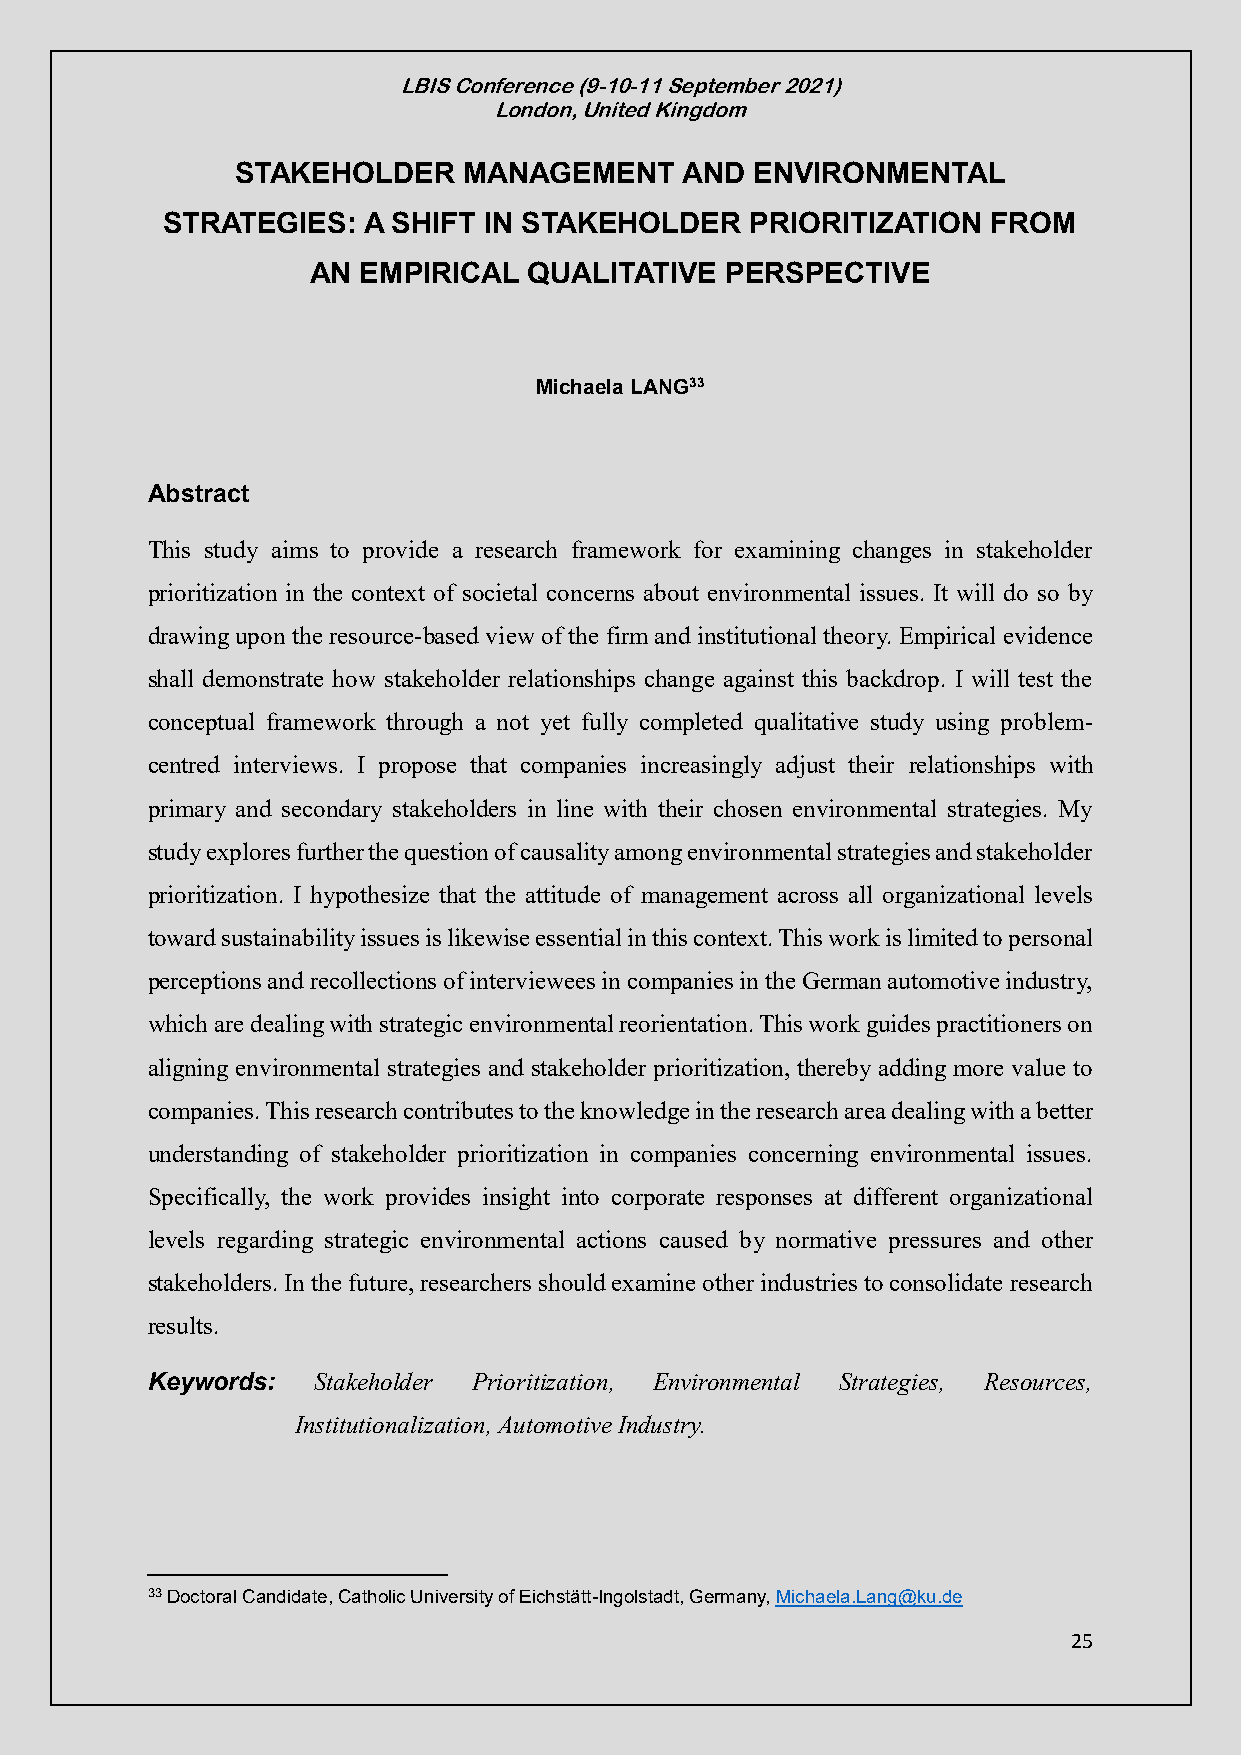
LBIS Conference (9-10-11 September 2021)
 London, United Kingdom
 STAKEHOLDER    MANAGEMENT    AND  ENVIRONMENTAL
 STRATEGIES:  A SHIFT IN STAKEHOLDER    PRIORITIZATION  FROM
 AN  EMPIRICAL  QUALITATIVE  PERSPECTIVE
 Michaela LANG33
 Abstract
 This study aims to provide a research framework for examining changes in stakeholder
 prioritization in the context of societal concerns about environmental issues. It will do so by
 drawing upon the resource-based view of the firm and institutional theory. Empirical evidence
 shall demonstrate how stakeholder relationships change against this backdrop. I will test the
 conceptual framework through a not yet fully completed qualitative study using problem-
 centred interviews. I propose that companies increasingly adjust their relationships with
 primary and secondary stakeholders in line with their chosen environmental strategies. My
 study explores further the question of causality among environmental strategies and stakeholder
 prioritization. I hypothesize that the attitude of management across all organizational levels
 toward sustainability issues is likewise essential in this context. This work is limited to personal
 perceptions and recollections of interviewees in companies in the German automotive industry,
 which are dealing with strategic environmental reorientation. This work guides practitioners on
 aligning environmental strategies and stakeholder prioritization, thereby adding more value to
 companies. This research contributes to the knowledge in the research area dealing with a better
 understanding of stakeholder prioritization in companies concerning environmental issues.
 Specifically, the work provides insight into corporate responses at different organizational
 levels regarding strategic environmental actions caused by normative pressures and other
 stakeholders. In the future, researchers should examine other industries to consolidate research
 results.
 Keywords:  Stakeholder Prioritization, Environmental Strategies, Resources,
 Institutionalization, Automotive Industry.
 33 Doctoral Candidate, Catholic University of Eichstätt-Ingolstadt, Germany, Michaela.Lang@ku.de
 25